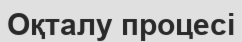
Оқталу процесі